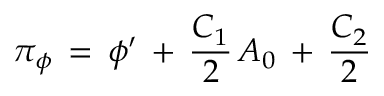
\pi _ { \phi } \, = \, \phi ^ { \prime } \, + \, { \frac { C _ { 1 } } { 2 } } \, A _ { 0 } \, + \, { \frac { C _ { 2 } } { 2 } }